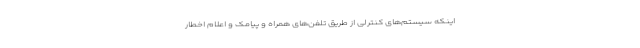
اینکه سیستم‌های کنترلی از طریق تلفن‌های همراه و پیامک و اعلام اخطار